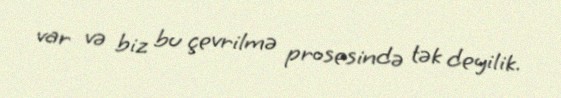
var və biz bu çevrilmə prosesində tək deyilik.